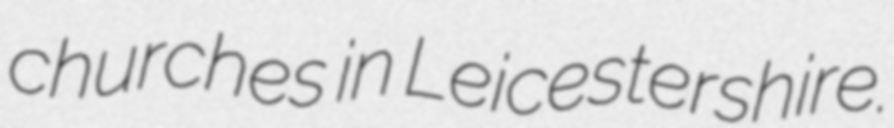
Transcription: churches in Leicestershire.